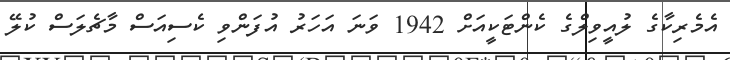
އެމެރިކާގެ ލުއީވިލްގެ ކެންޓަކީއަށް 1942 ވަނަ އަހަރު އުފަންވި ކެސިއަސް މާޗެލަސް ކުލޭ